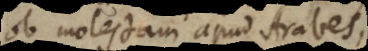
ob molestam apud Arabes,